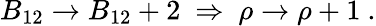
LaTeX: B_{12}\to B_{12}+2\ \Rightarrow\ \rho\to\rho+1\ .